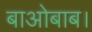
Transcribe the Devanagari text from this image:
बाओबाब।